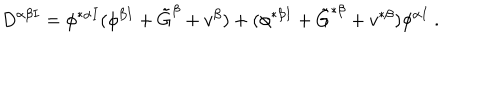
D ^ { \alpha \beta I } = \phi ^ { * \alpha I } ( \phi ^ { \beta I } + \tilde { G } ^ { \beta } + v ^ { \beta } ) + ( \phi ^ { * \beta I } + \tilde { G } ^ { * \beta } + v ^ { * \beta } ) \phi ^ { \alpha I } \ .